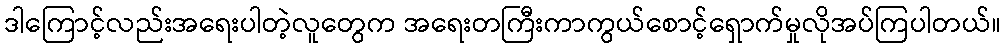
ဒါကြောင့်လည်းအရေးပါတဲ့လူတွေက အရေးတကြီးကာကွယ်စောင့်ရှောက်မှုလိုအပ်ကြပါတယ်။